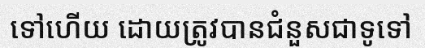
ទៅហើយ ដោយត្រូវបានជំនួសជាទូទៅ